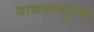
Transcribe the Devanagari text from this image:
वाचकानुनय